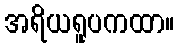
အရိယရူပကထာ။